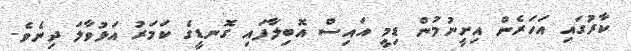
ކާރުގައި އަހަރެން އިށީނުމުން ޑިމީ އައިސް އޮބިލާފައި ގޮނޑީގެ ކަމަރު އަޅުވާލަ ދިނެވެ.